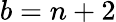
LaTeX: b=n+2